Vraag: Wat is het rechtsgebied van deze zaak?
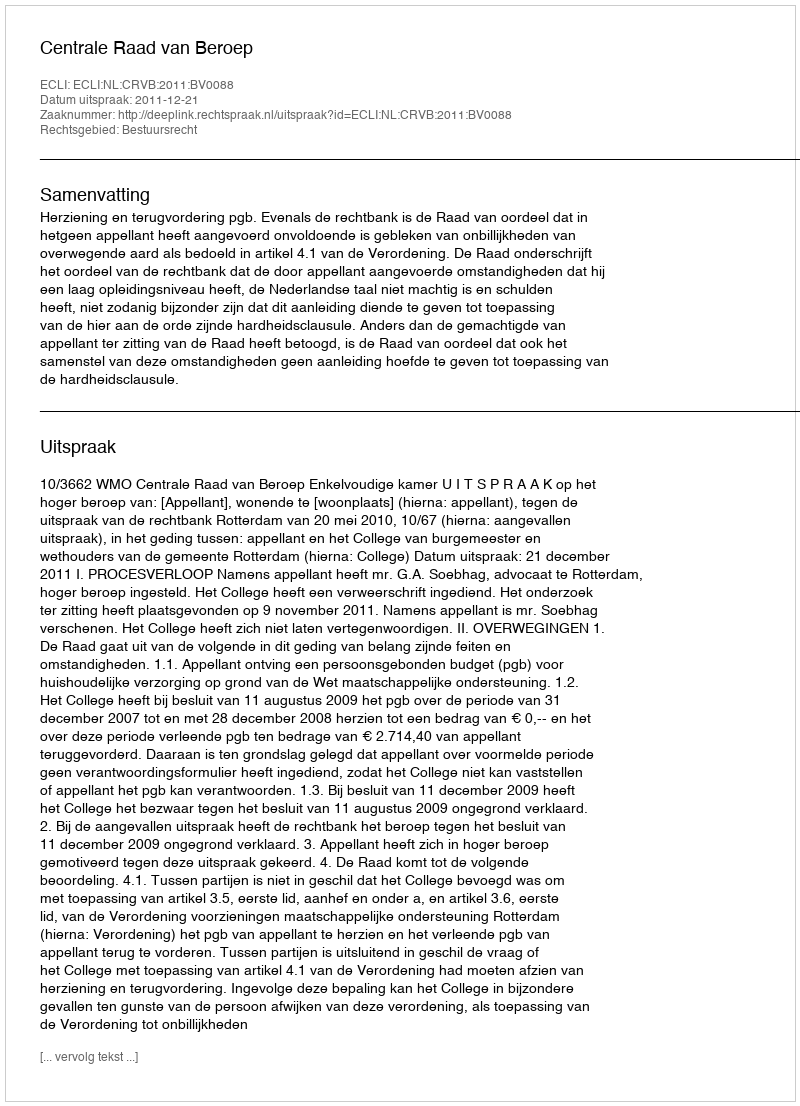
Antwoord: Bestuursrecht